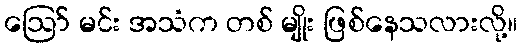
ဪ မင်း အသံက တစ် မျိုး ဖြစ်နေသလားလို့။